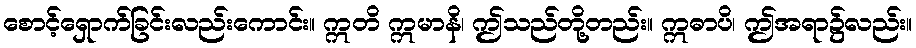
စောင့်ရှောက်ခြင်းလည်းကောင်း။ ဣတိ ဣမာနိ၊ ဤသည်တို့တည်း။ ဣဓာပိ၊ ဤအရာ၌လည်း။